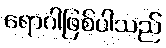
ရောဂါဖြစ်ပါသည်